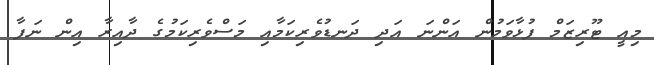
މިއީ ޓޫރިޒަމް ފުޅާވަމުން އަންނަ އަދި ދަނޑުވެރިކަމާއި މަސްވެރިކަމުގެ ދާއިރާ އިން ނަފާ